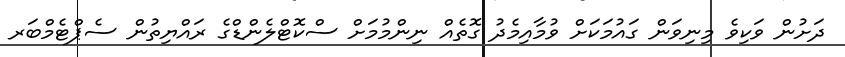
ދަށުން ވަކިވެ މިނިވަން ގައުމަކަށް ވުމާއިމެދު ގޮތެއް ނިންމުމަށް ސްކޮޓްލެެންޑްގެ ރައްޔިތުން ސެޕްޓެމްބަރ